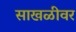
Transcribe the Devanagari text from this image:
साखळीवर